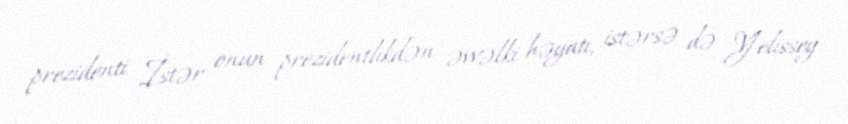
prezidenti İstər onun prezidentlikdən əvvəlki həyatı, istərsə də Yelissey